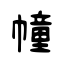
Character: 幢